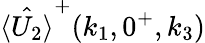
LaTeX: \hat{\langle U_{2}\rangle}^{+}(k_{1},0^{+},k_{3})